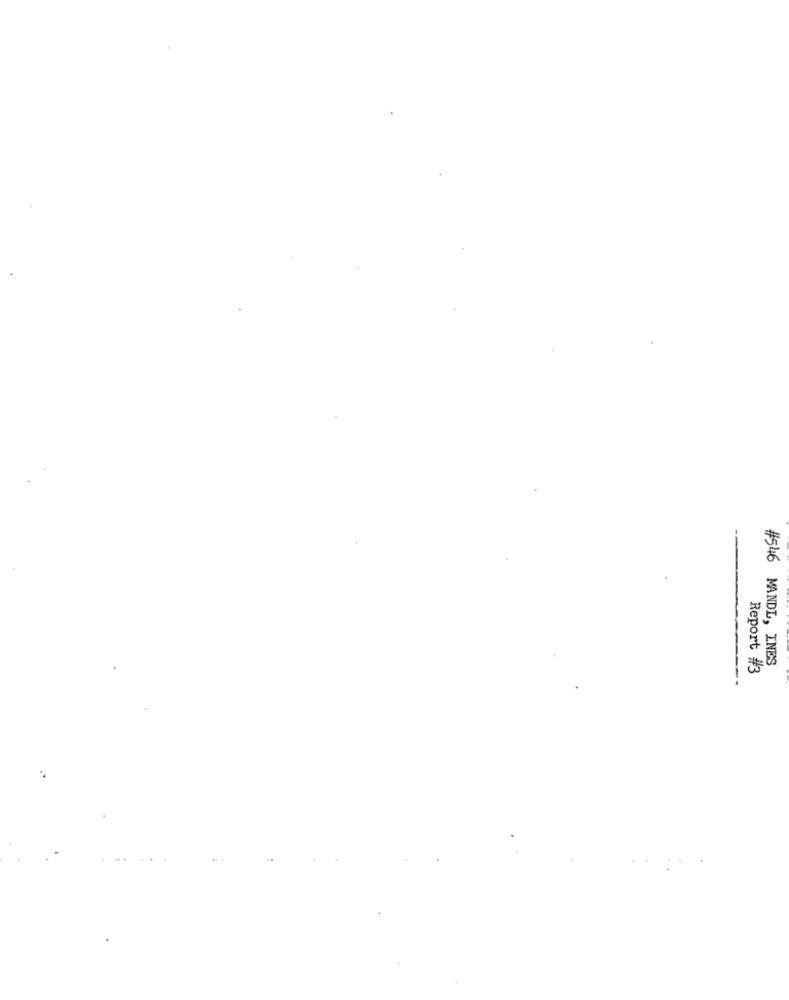
#546 MANDL, INES
Report #3